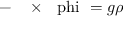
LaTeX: - \mathrm { \boldmath ~ \nabla ~ } \times \mathrm { \boldmath ~ \ p h i ~ } = g \rho